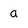
Character: a